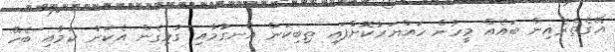
އޭގެތެރެއިން ބައެއް މީހުން ހައްޔަރުކޮށްފައި ތިބިކަން އެނގުމާއި ގުޅިގެން އެކަން ކަމާއި ބެހޭ